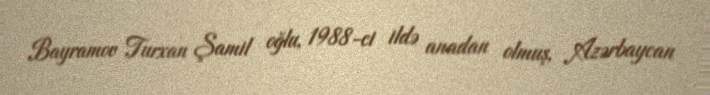
Bayramov Turxan Şamil oğlu, 1988-ci ildə anadan olmuş, Azərbaycan